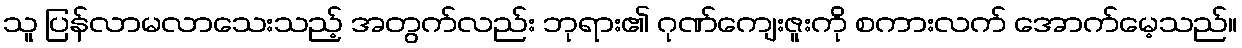
သူ ပြန်လာမလာသေးသည့် အတွက်လည်း ဘုရား၏ ဂုဏ်ကျေးဇူးကို စကားလက် အောက်မေ့သည်။